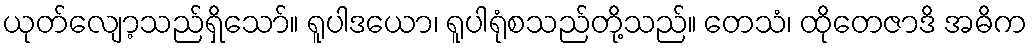
ယုတ်လျော့သည်ရှိသော်။ ရူပါဒယော၊ ရူပါရုံစသည်တို့သည်။ တေသံ၊ ထိုတေဇာဒိ အဓိက